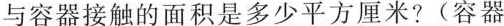
与容器接触的面积是多少平方厘米?(容器